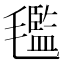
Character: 𣰦